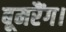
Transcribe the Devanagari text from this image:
बूमरैंग।